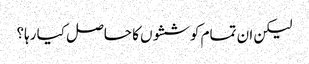
لیکن ان تمام کوششوں کا حاصل کیا رہا؟